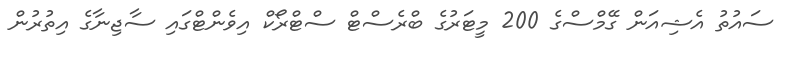
ސައުތު އެޝިއަން ގޭމްސްގެ 200 މީޓަރުގެ ބްރެސްޓް ސްޓްރޯކް އިވެންޓްގައި ސާޖިނާގެ އިތުރުން